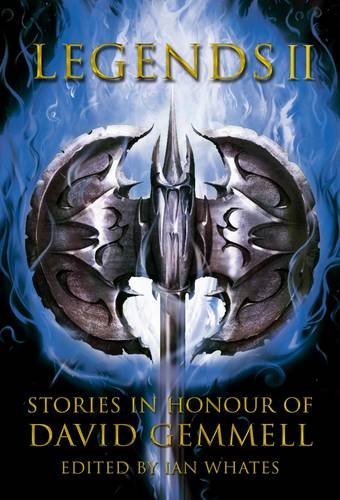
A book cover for Legends 2: Stories in Honour of David Gemmell; Mark Lawrence; Literature & Fiction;